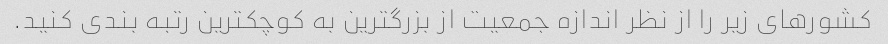
کشورهای زیر را از نظر اندازه جمعیت از بزرگترین به کوچکترین رتبه بندی کنید.